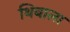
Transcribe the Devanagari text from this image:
थिबाला